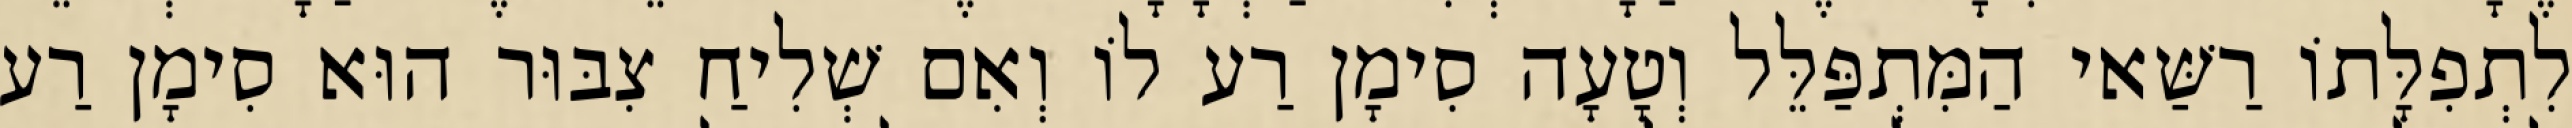
לִתְפִלָּתוֹ רַשַּׁאי הַמִּתְפַּלֵּל וְטָעָה סִימָן רַע לוֹ וְאִם שְׁלִיחַ צִבּוּר הוּא סִימָן רַע